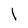
Character: 1